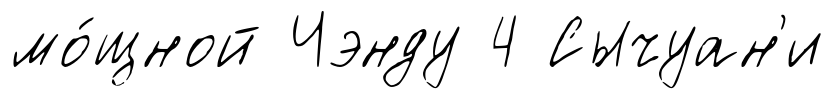
мо́щной Чэнду 4 Сычуан'и